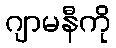
ဂျာမနီကို